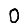
Digit: 0